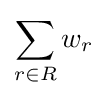
\sum _{r\in R}w_{r}